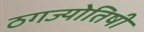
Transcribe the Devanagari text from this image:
ठगज्योतिषी